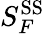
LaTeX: S_{F}^{\textrm{SS}}